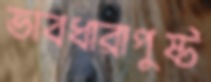
ভাবধারাপুষ্ট